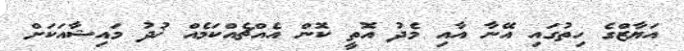
އަޔާޒްގެ ހިތުގައި އޭނާ އާއި މެދު އޮތީ ކޮން އެއްޗެއްކަމެއް ޚުދު މައިޝާއަކަށް